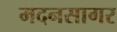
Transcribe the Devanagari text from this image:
मदनसागर